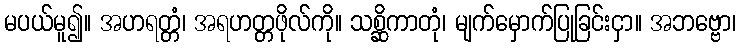
မပယ်မူ၍။ အဟရတ္တံ၊ အရဟတ္တဖိုလ်ကို။ သစ္ဆိကာတုံ၊ မျက်မှောက်ပြုခြင်းငှာ။ အဘဗ္ဗော၊